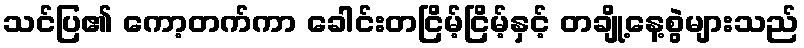
သင်ပြ၏ ကော့တက်ကာ ခေါင်းတငြိမ့်ငြိမ့်နှင့် တချို့နေ့စွဲများသည်